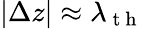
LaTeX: |\Delta z|\approx\lambda_{\mathrm{~t~h~}}